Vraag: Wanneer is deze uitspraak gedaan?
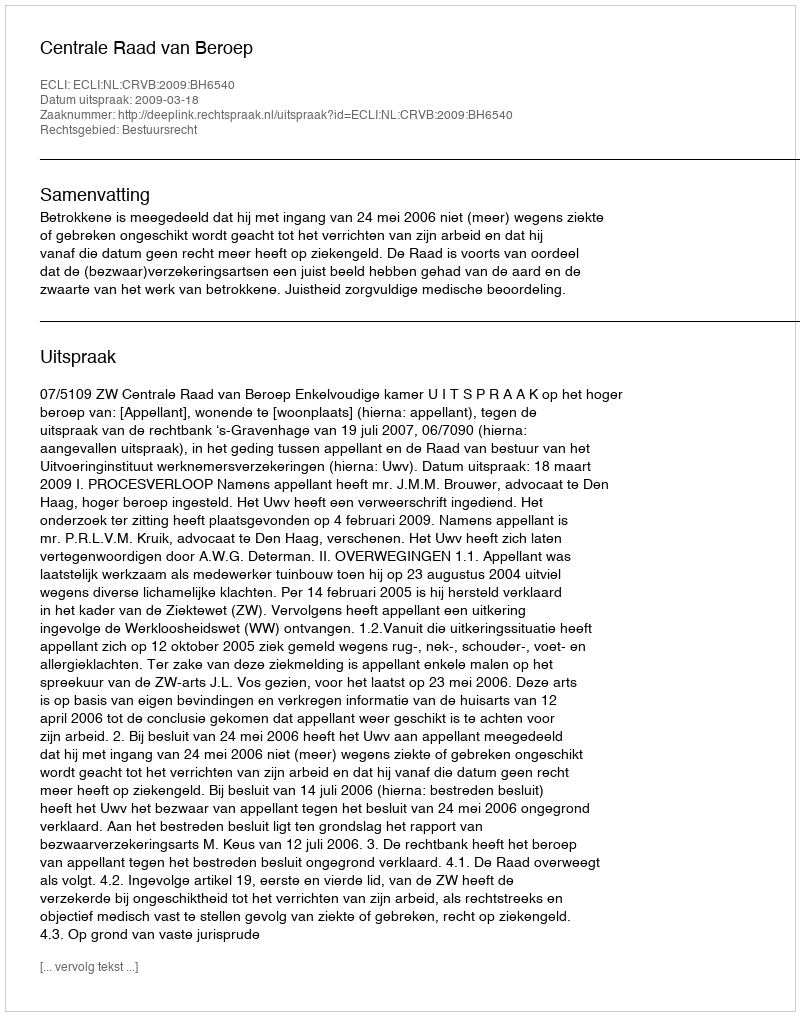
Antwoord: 2009-03-18